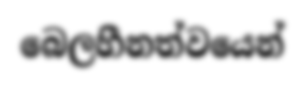
බෙලහීනත්වයෙන්